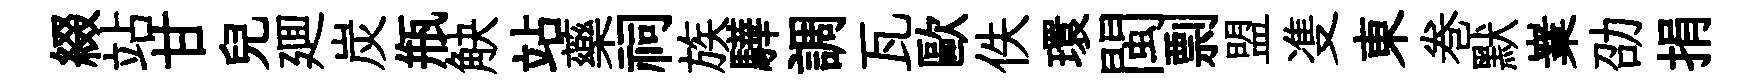
綴站甘兒廽炭瓶觖站藥祠族驊調瓦歐佚環閩剽盟㕠東巻默嶪劭捐